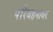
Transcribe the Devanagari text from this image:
परिवहनावर